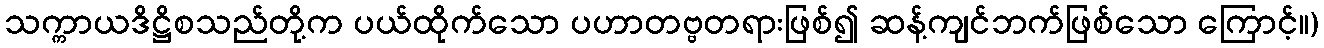
သက္ကာယဒိဋ္ဌိစသည်တို့က ပယ်ထိုက်သော ပဟာတဗ္ဗတရားဖြစ်၍ ဆန့်ကျင်ဘက်ဖြစ်သော ကြောင့်။)